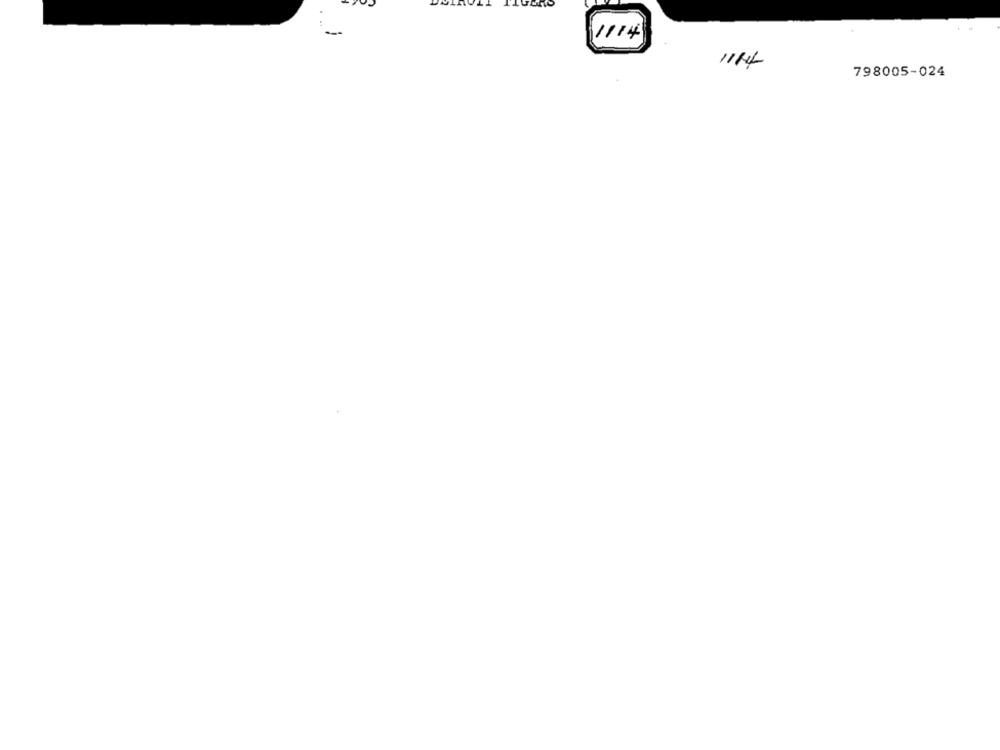
11/14
1114
798005-024